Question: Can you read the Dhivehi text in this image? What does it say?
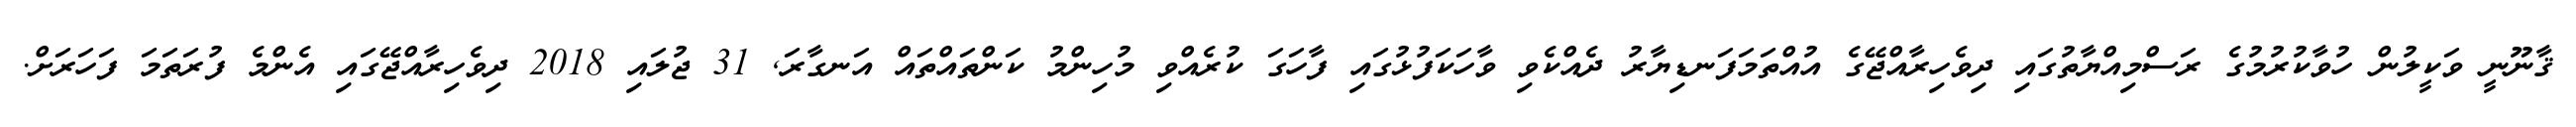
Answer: ޤާނޫނީ ވަކީލުން ހުވާކުރުމުގެ ރަސްމިއްޔާތުގައި ދިވެހިރާއްޖޭގެ އުއްތަމަފަނޑިޔާރު ދެއްކެވި ވާހަކަފުޅުގައި ފާހަގަ ކުރެއްވި މުހިންމު ކަންތައްތައް އަނގާރަ, 31 ޖުލައި 2018 ދިވެހިރާއްޖޭގައި އެންމެ ފުރަތަމަ ފަހަރަށް.